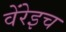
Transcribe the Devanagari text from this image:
वेंरेइच